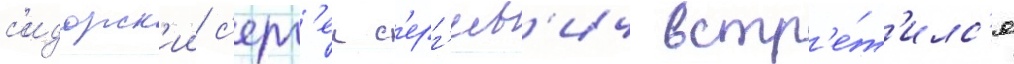
с'идорск'ии с'ерг'еи с'ерг'еев'ич встр'е́т'илс'я